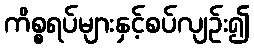
ကိစ္စရပ်များနှင့်စပ်လျဉ်း၍